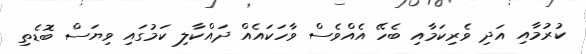
ކުރުމާއި އަދި ވެރިކަމާއި ބެހޭ އެއްވެސް ވާހަކައެއް ދައްކާލި ކަމުގައި ވިޔަސް ބޮޑެތި